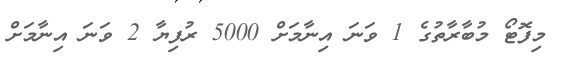
މިފޮޓޯ މުބާރާތުގެ 1 ވަނަ އިނާމަށް 5000 ރުފިޔާ 2 ވަނަ އިނާމަށް